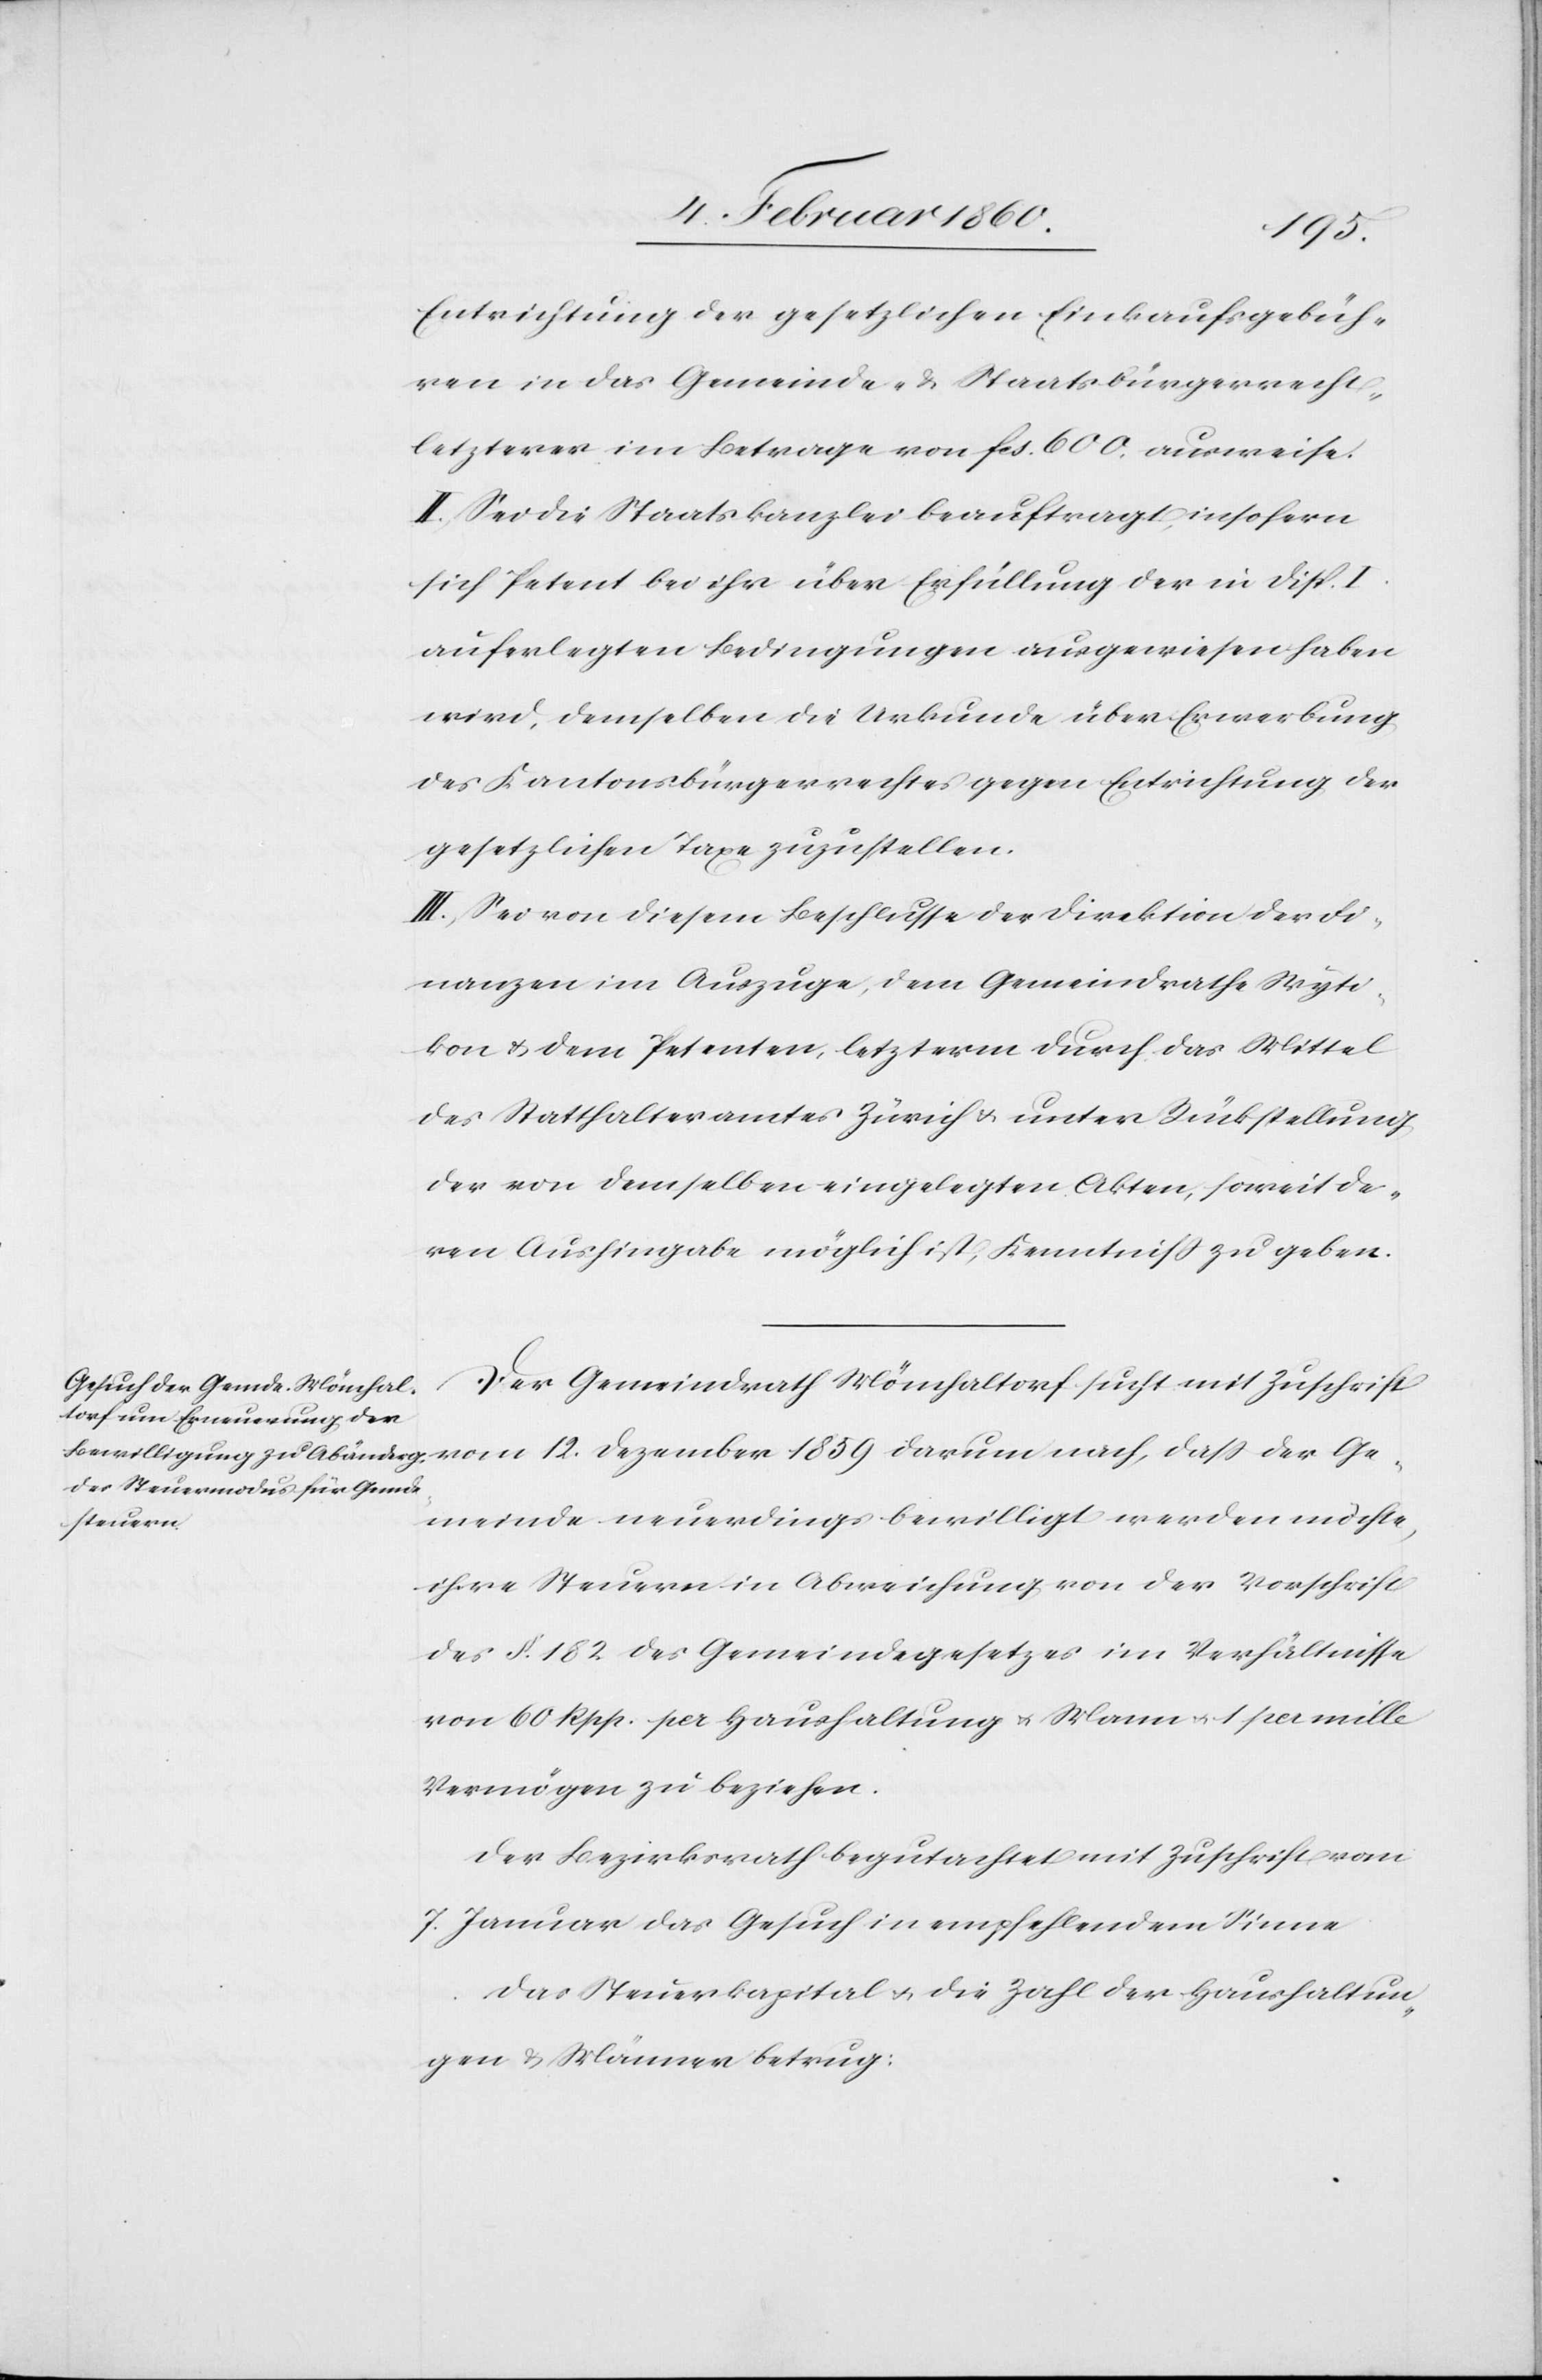
1859
Entrichtung der gesetzlichen Einkaufsgebüh¬
ren in das Gemeinde- u. Staatsbürgerrecht,
letzteres im Betrage von fcs. 600. ausweise.
II. Sei die Staatskanzlei beauftragt, insofern
sich Petent bei ihr über Erfüllung der in Disp. I.
auferlegten Bedingungen ausgewiesen haben
wird, demselben die Urkunde über Erwerbung
des Kantonsbürgerrechtes gegen Entrichtung der
gesetzlichen Taxe zuzustellen.
III. Sei von diesem Beschlusse der Direktion der Fi¬
nanzen im Auszuge, dem Gemeindrathe Wyti¬
kon u. dem Petenten, letzterm durch das Mittel
des Statthalteramtes Zürich u. unter Rückstellung
der von demselben eingelegten Akten, soweit de¬
ren Aushingabe möglich ist, Kenntniß zu geben.
Der Gemeindrath Mönchaltorf sucht mit Zuschrift
Gemeinde neuerdings bewilligt werden möchte,
ihre Steuern in Abweichung von der Vorschrift
des §. 182. des Gemeindegesetzes im Verhältnisse
von 60. Rpp. per Haushaltung u. Mann u. 1 per mille
Vermögen zu beziehen.
Der Bezirksrath begutachtet mit Zuschrift vom
7. Januar das Gesuch in empfehlendem Sinne
Das Steuerkapital u. die Zahl der Haushaltun¬
gen u. Männer betrug: